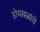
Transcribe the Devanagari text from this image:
होयसळांचे